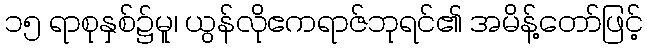
၁၅ ရာစုနှစ်၌မူ၊ ယွန်လိုဧကရာဇ်ဘုရင်၏ အမိန့်တော်ဖြင့်